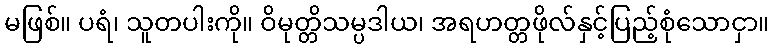
မဖြစ်။ ပရံ၊ သူတပါးကို။ ဝိမုတ္တိသမ္ပဒါယ၊ အရဟတ္တဖိုလ်နှင့်ပြည့်စုံသောငှာ။